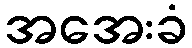
အအေးခံ